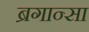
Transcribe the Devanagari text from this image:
ब्रगान्सा